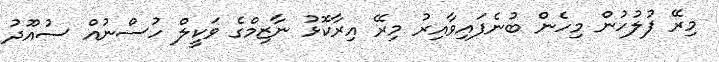
މިރޭ ފުލުހުން މިހެން ބުނެފައިވާއިރު މިރޭ އިރާކޮޅު ނާޒިމްގެ ވަކީލް ހުސްނުއް ސުއޫދު